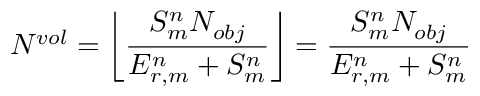
N ^ { v o l } = \left\lfloor \frac { S _ { m } ^ { n } N _ { o b j } } { E _ { r , m } ^ { n } + S _ { m } ^ { n } } \right\rfloor = \frac { S _ { m } ^ { n } N _ { o b j } } { E _ { r , m } ^ { n } + S _ { m } ^ { n } }